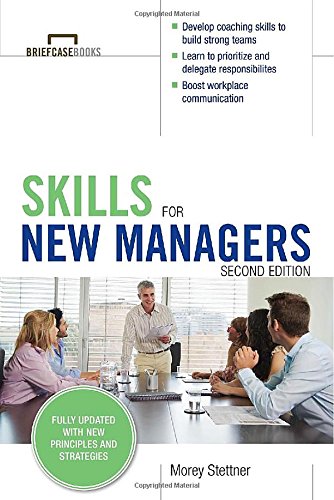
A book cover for Skills for New Managers (Briefcase Books); Morey Stettner; Business & Money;